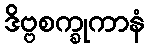
ဒိဗ္ဗစက္ခုကာနံ